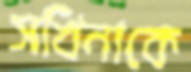
সখিনাকে